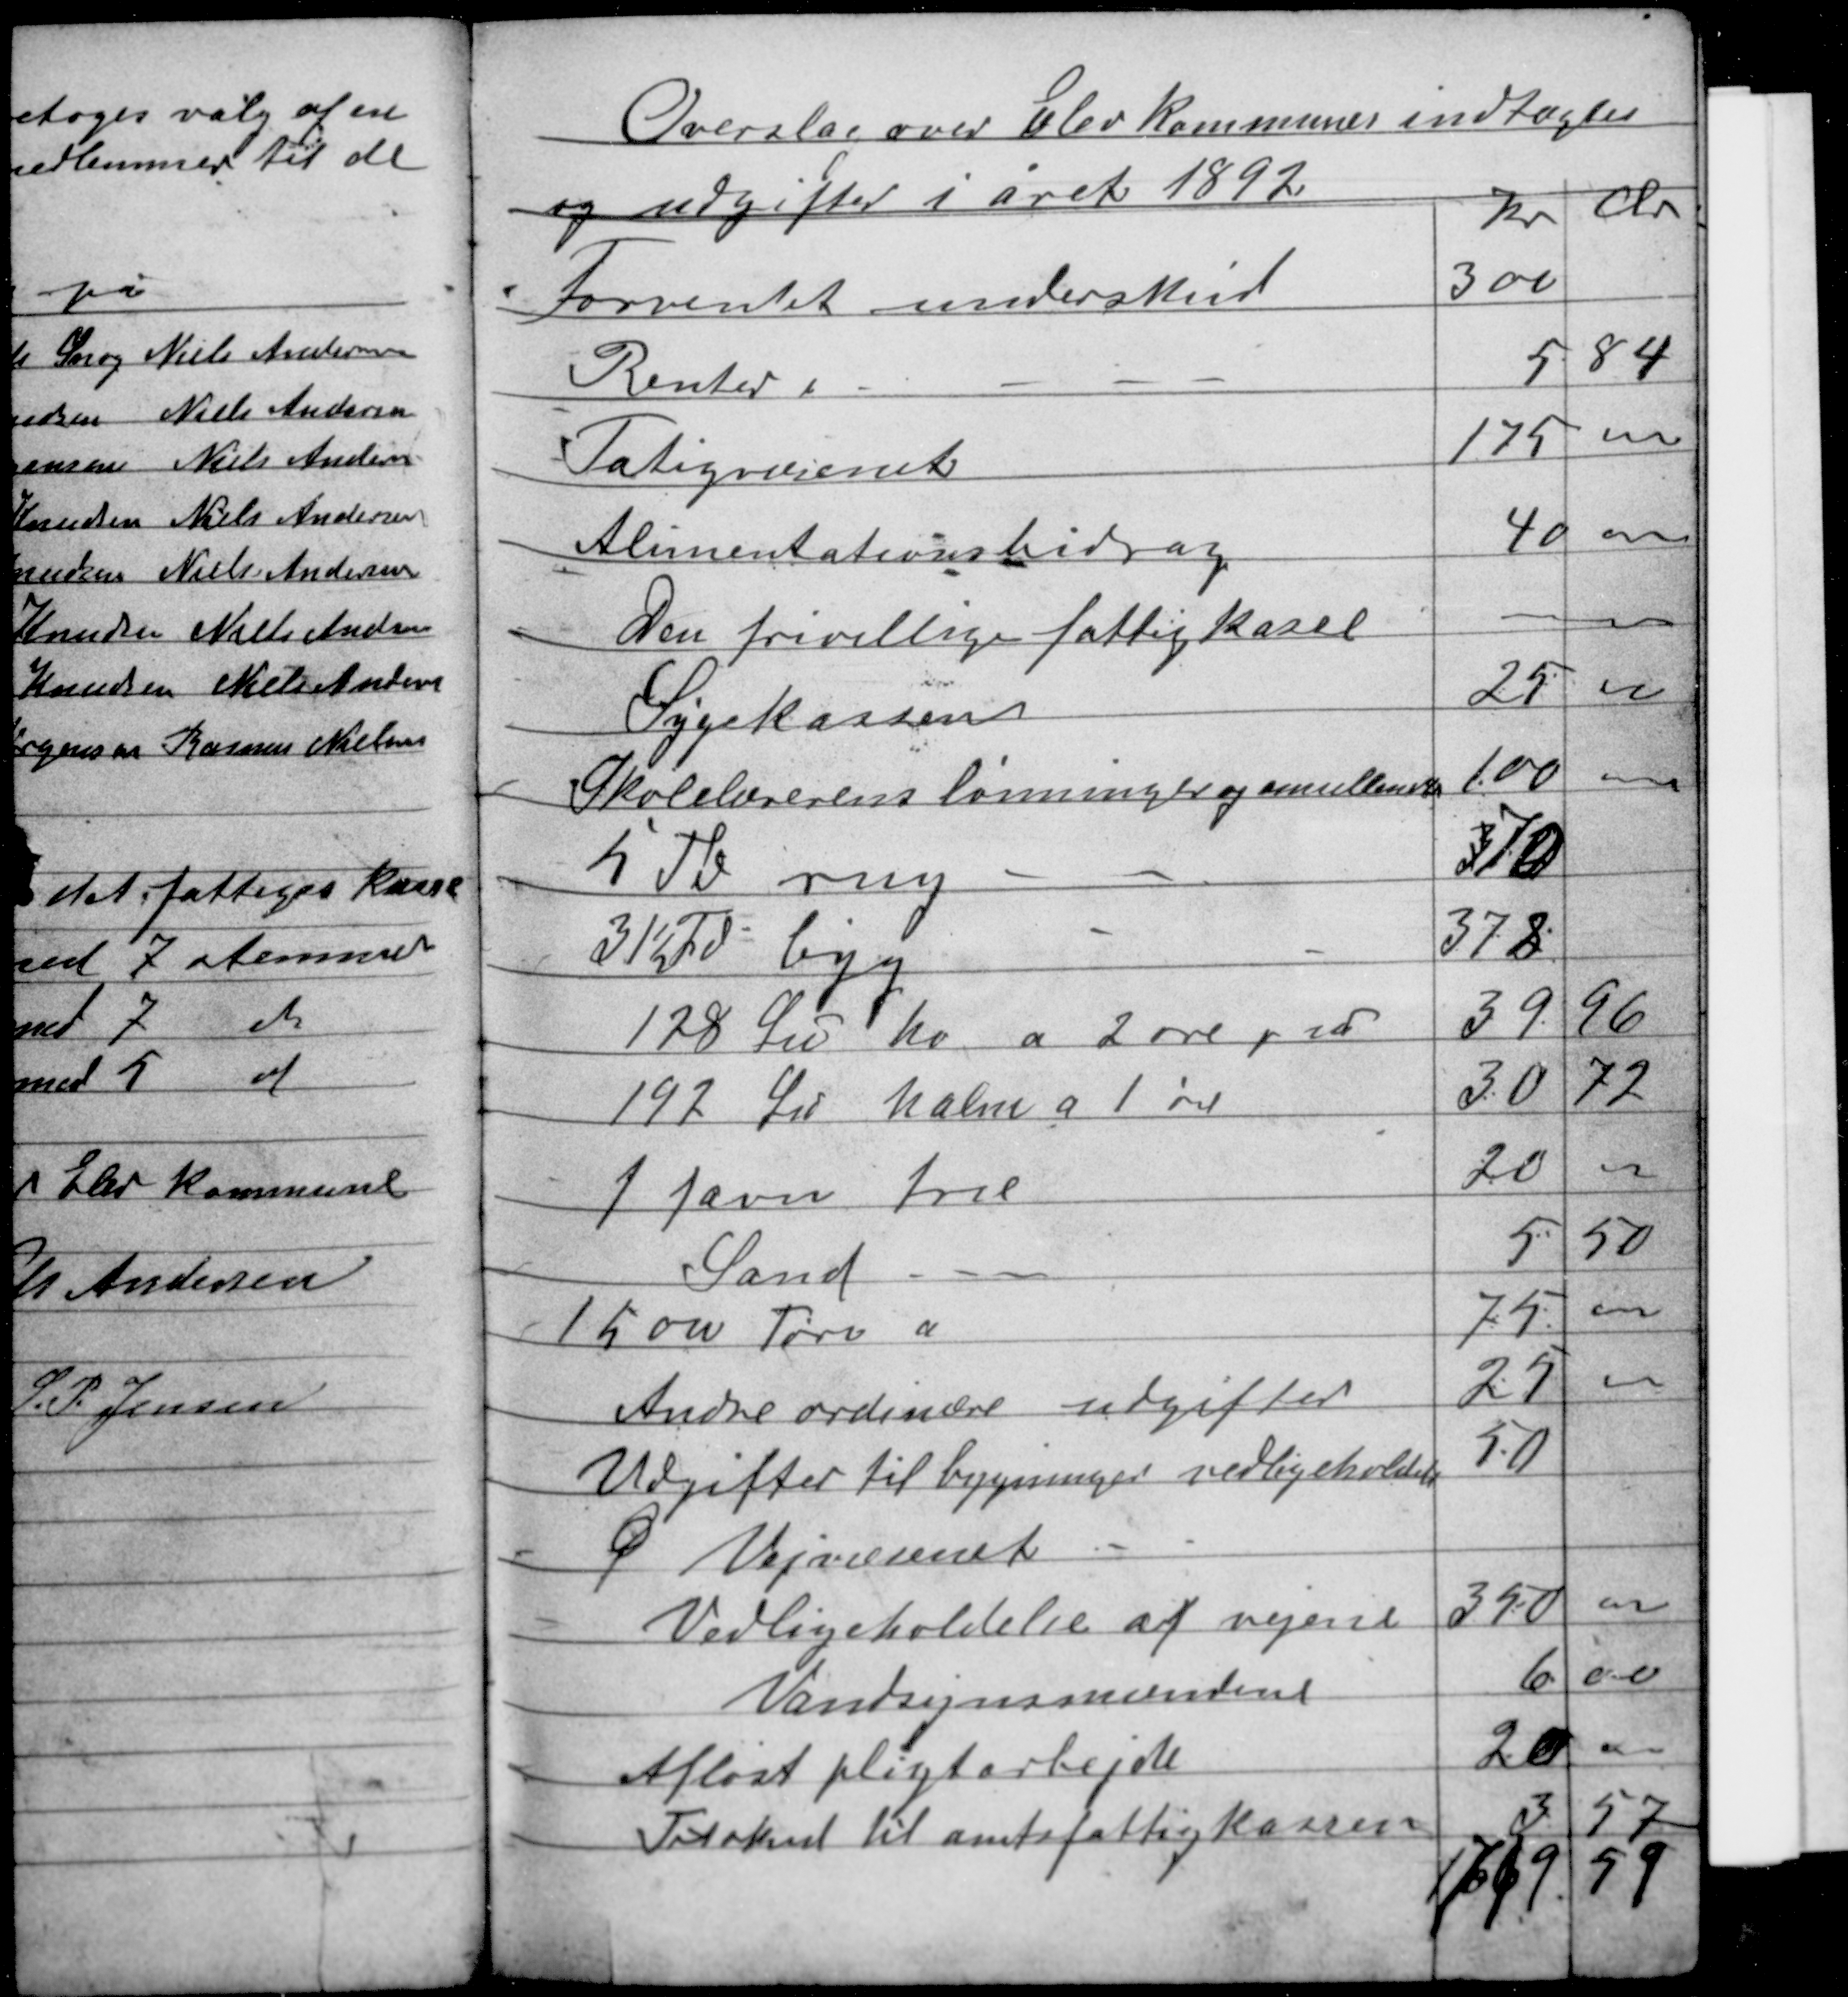
Transskription:
Overslag over Elev kommunes indtægter
og udgifter i året 1892